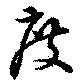
度